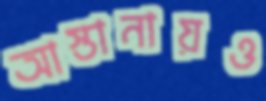
আস্তানায়ও